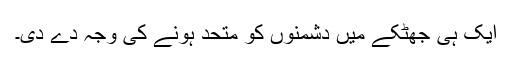
ایک ہی جھٹکے میں دشمنوں کو متحد ہونے کی وجہ دے دی۔